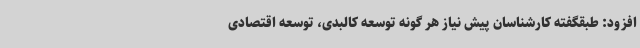
افزود: طبقگفته کارشناسان پیش نیاز هر گونه توسعه کالبدی، توسعه اقتصادی